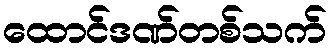
ထောင်ဒဏ်တစ်သက်